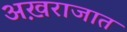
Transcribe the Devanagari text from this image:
अख़राजात